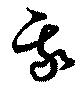
我